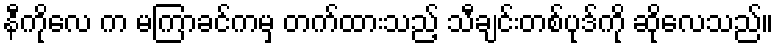
နီကိုလေ က မကြာခင်ကမှ တက်ထားသည့် သီချင်းတစ်ပုဒ်ကို ဆိုလေသည်။